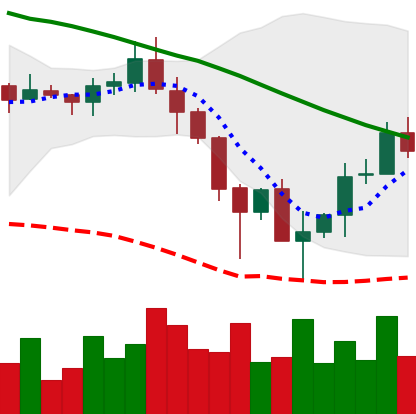
Ticker: ADA-USD
Chart end date: 2019-11-30
Forward return: -6.318%
Label: down_5_7